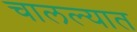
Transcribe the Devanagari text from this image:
चालल्यात